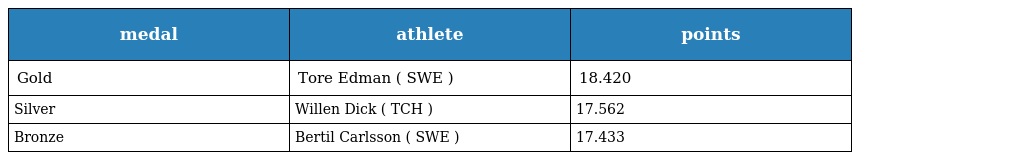
| medal | athlete | points |
 | --- | --- | --- |
 | Gold | Tore Edman ( SWE ) | 18.420 |
 | Silver | Willen Dick ( TCH ) | 17.562 |
 | Bronze | Bertil Carlsson ( SWE ) | 17.433 |